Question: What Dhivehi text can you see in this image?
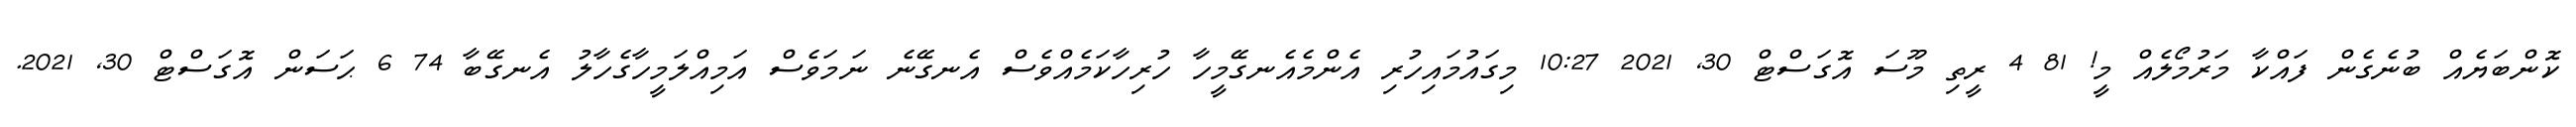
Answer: ކޮންބަޔެއް ބުނެގެން ފައްކާ މަރުމޯލެއް މީ! 81 4 ރީތި މޫސަ އޮގަސްޓް 30, 2021 10:27 މިގައުމައިހުރި އެންމެއެނގޭމީހާ ހުރިހާކަމެއްވެސް އެނގޭނެ ނަމަވެސް އަމިއްލަމީހާގެހާލު އެނގޭބާ 74 6 ޙަސަން އޮގަސްޓް 30, 2021.